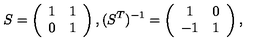
S = \left( \begin{array} { c c } { 1 } & { 1 } \\ { 0 } & { 1 } \\ \end{array} \right) , ( S ^ { T } ) ^ { - 1 } = \left( \begin{array} { c c } { 1 } & { 0 } \\ { - 1 } & { 1 } \\ \end{array} \right) ,